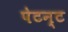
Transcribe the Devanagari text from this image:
पेटन्ट